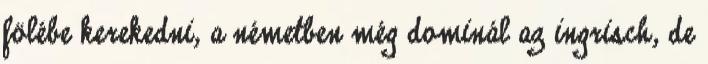
fölébe kerekedni, a németben még dominál az ingrisch, de